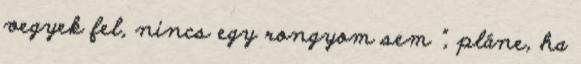
vegyek fel, nincs egy rongyom sem ”, pláne, ha